Annual report on the Civil Veterinary Department, Burma (including the Insein Veterinary School) - 1923-1931
Year: 1923
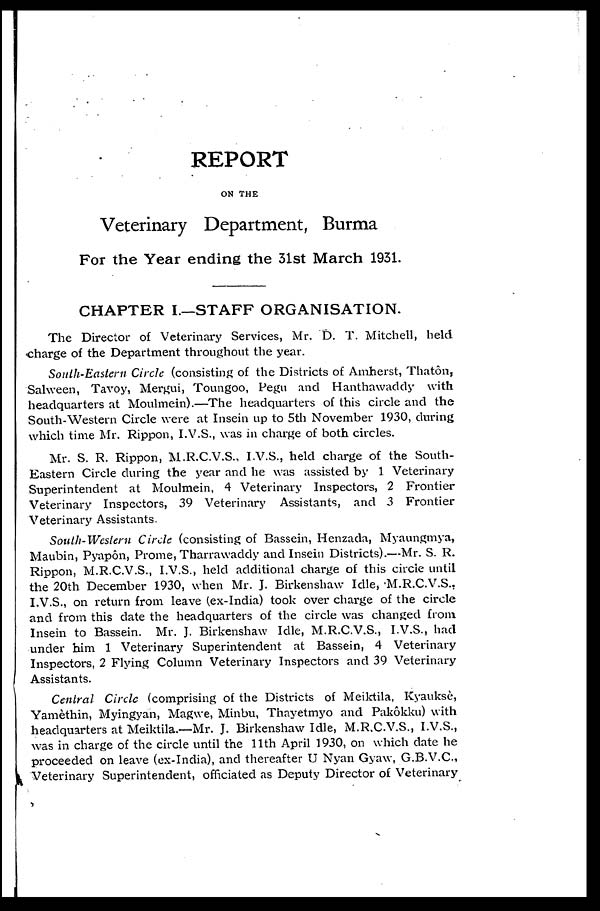
REPORT
ON THE
Veterinary Department, Burma
For the Year ending the 31st March 1931.
CHAPTER I—STAFF ORGANISATION.
The Director of Veterinary Services, Mr. D. T. Mitchell, held
charge of the Department throughout the year.
South-Eastern Circle (consisting of the Districts of Amherst, Thatôn,
Salween, Tavoy, Mergui, Toungoo, Pegu and Hanthawaddy with
headquarters at Moulmein).—The headquarters of this circle and the
South-Western Circle were at Insein up to 5th November 1930 , during
which time Mr. Rippon, I.V.S., was in charge of both circles.
Mr. S. R. Rippon, M.R.C.V.S., I.V.S., held charge of the South-
Eastern Circle during the year and he was assisted by 1 Veterinary
Superintendent at Moulmein, 4 Veterinary Inspectors, 2 Frontier
Veterinary Inspectors, 39 Veterinary Assistants, and 3 Frontier
Veterinary Assistants.
South-Western Circle (consisting of Bassein, Henzada, Myaungmya,
Maubin, Pyapôn, Prome, Tharrawaddy and Insein Districts).—Mr. S. R.
Rippon, M.R.C.V.S., I.V.S., held additional charge of this circle until
the 20th December 1930, when Mr. J. Birkenshaw Idle, M.R.C.V.S.,
I.V.S., on return from leave (ex-India) took over charge of the circle
and from this date the headquarters of the circle was changed from
Insein to Bassein. Mr. J. Birkenshaw Idle, M.R.C.V.S., I.V.S., had
under him 1 Veterinary Superintendent at Bassein, 4 Veterinary
Inspectors, 2 Flying Column Veterinary Inspectors and 39 Veterinary
Assistants.
Central Circle (comprising of the Districts of Meiktila, Kyauksè,
Yamèthin, Myingyan, Magwe, Minbu, Thayetmyo and Pakôkku) with
headquarters at Meiktila.—Mr. J. Birkenshaw Idle, M.R.C.V.S., I.V.S.,
was in charge of the circle until the 11th April 1930, on which date he
proceeded on leave (ex-India), and thereafter U Nyan Gyaw, G.B.V.C.,
Veterinary Superintendent, officiated as Deputy Director of Veterinary